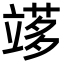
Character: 𥪫